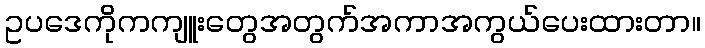
ဥပဒေကိုကကျူးတွေအတွက်အကာအကွယ်ပေးထားတာ။